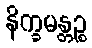
နိက္ခမန္တဉ္စ